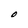
Character: O